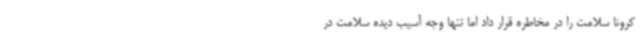
کرونا سلامت را در مخاطره قرار داد اما تنها وجه آسیب دیده سلامت در